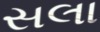
સલા